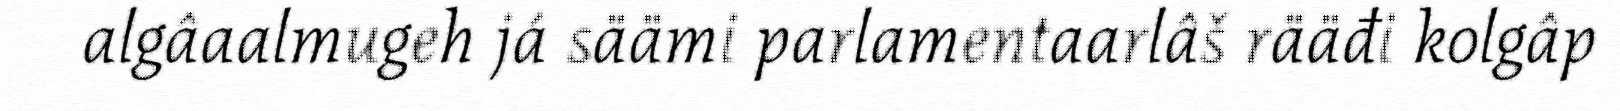
algâaalmugeh já säämi parlamentaarlâš rääđi kolgâp